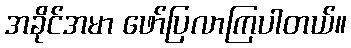
အခိုင်အမာ ဖော်ပြလာကြပါတယ်။